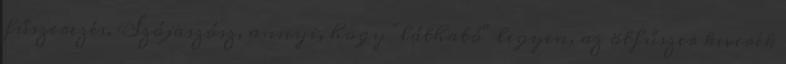
fűszerezés. Szójaszósz, annyi, hogy "látható" legyen, az ötfűszer keverék